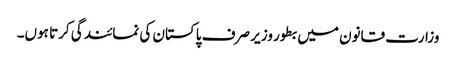
وزارت قانون میں بطور وزیر صرف پاکستان کی نمائندگی کرتا ہوں۔